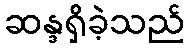
ဆန္ဒရှိခဲ့သည်